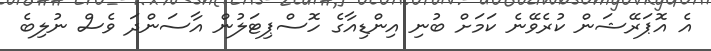
އެ އޮޕަރޭޝަން ކުރެވޭނެ ކަމަށް ބުނި އިންޑިއާގެ ހޮސްޕިޓަލުން އާސަންދަ ވެސް ނުލިބެ